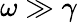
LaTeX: \omega\gg\gamma